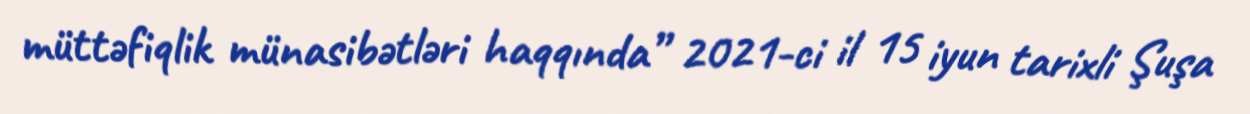
müttəfiqlik münasibətləri haqqında” 2021-ci il 15 iyun tarixli Şuşa